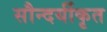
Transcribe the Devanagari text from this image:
सौन्दर्यीकृत